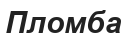
Пломба